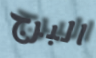
البرج